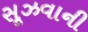
સૂઝવાની